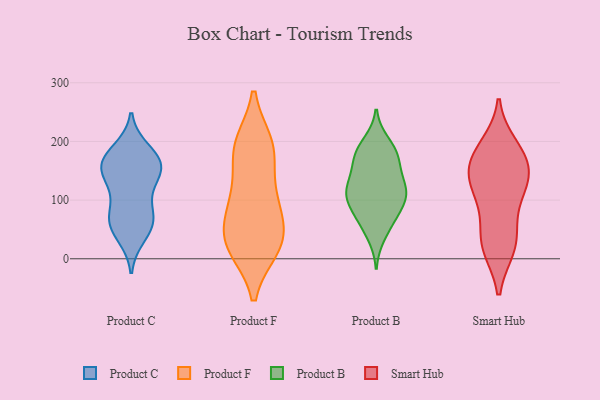
{"axis": {"x": "Inventory Turnover", "y": "Value"}, "legend": ["Product B", "Product C", "Product F", "Smart Hub"], "data": [{"x": "", "y": 62, "type": "Product C"}, {"x": "", "y": 166, "type": "Product C"}, {"x": "", "y": 159, "type": "Product C"}, {"x": "", "y": 159, "type": "Product C"}, {"x": "", "y": 163, "type": "Product C"}, {"x": "", "y": 158, "type": "Product C"}, {"x": "", "y": 70, "type": "Product C"}, {"x": "", "y": 184, "type": "Product C"}, {"x": "", "y": 40, "type": "Product C"}, {"x": "", "y": 60, "type": "Product C"}, {"x": "", "y": 73, "type": "Product C"}, {"x": "", "y": 132, "type": "Product C"}, {"x": "", "y": 118, "type": "Product C"}, {"x": "", "y": 97, "type": "Product F"}, {"x": "", "y": 19, "type": "Product F"}, {"x": "", "y": 98, "type": "Product F"}, {"x": "", "y": 185, "type": "Product F"}, {"x": "", "y": 33, "type": "Product F"}, {"x": "", "y": 23, "type": "Product F"}, {"x": "", "y": 195, "type": "Product F"}, {"x": "", "y": 195, "type": "Product F"}, {"x": "", "y": 66, "type": "Product F"}, {"x": "", "y": 20, "type": "Product F"}, {"x": "", "y": 37, "type": "Product F"}, {"x": "", "y": 113, "type": "Product F"}, {"x": "", "y": 181, "type": "Product F"}, {"x": "", "y": 100, "type": "Product B"}, {"x": "", "y": 130, "type": "Product B"}, {"x": "", "y": 164, "type": "Product B"}, {"x": "", "y": 198, "type": "Product B"}, {"x": "", "y": 109, "type": "Product B"}, {"x": "", "y": 118, "type": "Product B"}, {"x": "", "y": 39, "type": "Product B"}, {"x": "", "y": 122, "type": "Product B"}, {"x": "", "y": 183, "type": "Product B"}, {"x": "", "y": 104, "type": "Product B"}, {"x": "", "y": 77, "type": "Product B"}, {"x": "", "y": 61, "type": "Product B"}, {"x": "", "y": 153, "type": "Product B"}, {"x": "", "y": 73, "type": "Product B"}, {"x": "", "y": 112, "type": "Product B"}, {"x": "", "y": 184, "type": "Product B"}, {"x": "", "y": 173, "type": "Product B"}, {"x": "", "y": 185, "type": "Smart Hub"}, {"x": "", "y": 159, "type": "Smart Hub"}, {"x": "", "y": 192, "type": "Smart Hub"}, {"x": "", "y": 19, "type": "Smart Hub"}, {"x": "", "y": 116, "type": "Smart Hub"}, {"x": "", "y": 22, "type": "Smart Hub"}, {"x": "", "y": 54, "type": "Smart Hub"}, {"x": "", "y": 24, "type": "Smart Hub"}, {"x": "", "y": 168, "type": "Smart Hub"}, {"x": "", "y": 100, "type": "Smart Hub"}, {"x": "", "y": 154, "type": "Smart Hub"}, {"x": "", "y": 130, "type": "Smart Hub"}, {"x": "", "y": 133, "type": "Smart Hub"}]}